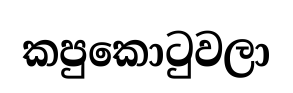
කපුකොටුවලා